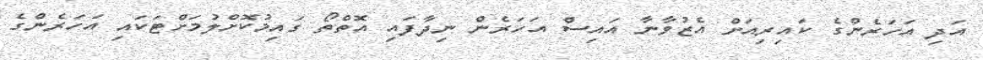
އަދި އަހަރެންގެ ކައިރިއަށް އެޒުވާނާ އައިސް އަހަރެން ނިދާފައި އޮތްތޯ ގައިމުކޮށްލުމަށްޓަކައި އަހަރެންގެ